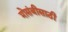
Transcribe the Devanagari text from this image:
मोसंबीसाठी